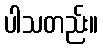
ပါသတည်း။